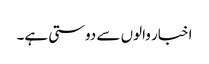
اخبار والوں سے دوستی ہے۔